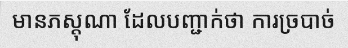
មានភស្តុណា ដែលបញ្ជាក់ថា ការច្របាច់